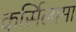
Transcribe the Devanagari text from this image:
कर्सिलामा